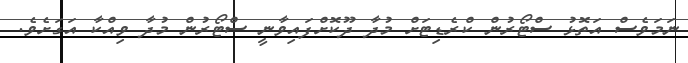
ނަމަވެސް އަތޮޅު ސްޓޯރުން ކްރެޑިޓަށް މުދާ ދޫކޮށްފައިވާނީ ސްޓޯރުން މުދާ ވިއްކާ އަގަށެވެ.